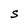
Character: S